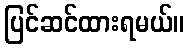
ပြင်ဆင်ထားရမယ်။